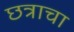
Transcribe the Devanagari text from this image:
छत्राचा